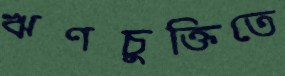
ঋণচুক্তিতে